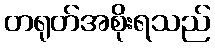
တရုတ်အစိုးရသည်